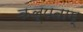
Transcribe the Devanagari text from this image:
कल्पताम्